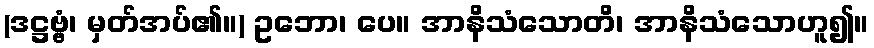
(ဒဋ္ဌဗ္ဗံ၊ မှတ်အပ်၏။) ဥဘော၊ ပေ။ အာနိသံသောတိ၊ အာနိသံသောဟူ၍။